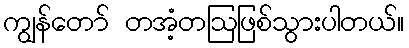
ကျွန်တော် တအံ့တဩဖြစ်သွားပါတယ်။